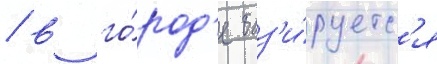
/ в го́род'е баз'и́руетс'я